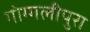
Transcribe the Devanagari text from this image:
गोग्गलीपुरा